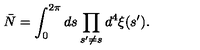
\bar { N } = \int _ { 0 } ^ { 2 \pi } d s \prod _ { s ^ { \prime } \neq s } d ^ { 4 } \xi ( s ^ { \prime } ) .